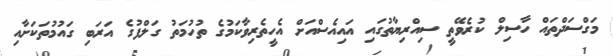
މަގްސަދްތައް ހާސިލް ކުރެވޭތީ ސިއްރިޔާތުގައި އައިއެސްއަށް އެހީތެރިވާކަމުގެ ތުހުމަތު ގަލްފުގެ އަރަބި ގައުމުތަކަށާއި